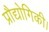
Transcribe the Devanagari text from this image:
प्रौद्योगिकी।